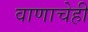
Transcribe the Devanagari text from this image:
वाणाचेही